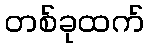
တစ်ခုထက်